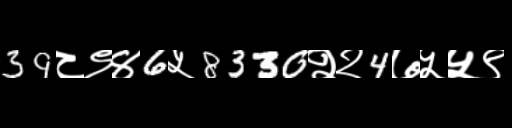
Text: 39८९४6५8330२२4७५५९